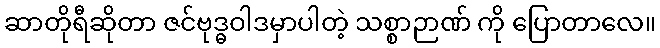
ဆာတိုရီဆိုတာ ဇင်ဗုဒ္ဓဝါဒမှာပါတဲ့ သစ္စာဉာဏ် ကို ပြောတာလေ။